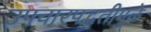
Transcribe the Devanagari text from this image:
उपचारपद्धतीमुळे